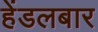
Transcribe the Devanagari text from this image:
हेंडलबार